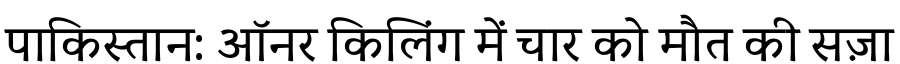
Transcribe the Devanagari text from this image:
पाकिस्तान: ऑनर किलिंग में चार को मौत की सज़ा